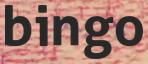
bingo